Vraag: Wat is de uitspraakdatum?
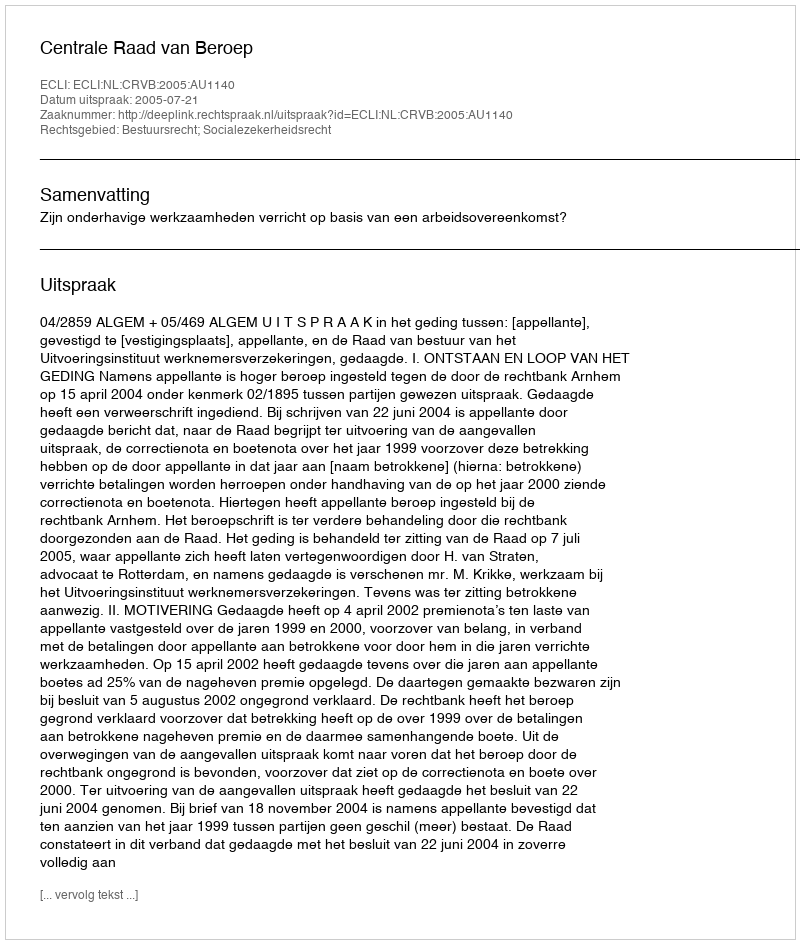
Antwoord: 2005-07-21